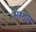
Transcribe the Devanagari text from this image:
सस्थल